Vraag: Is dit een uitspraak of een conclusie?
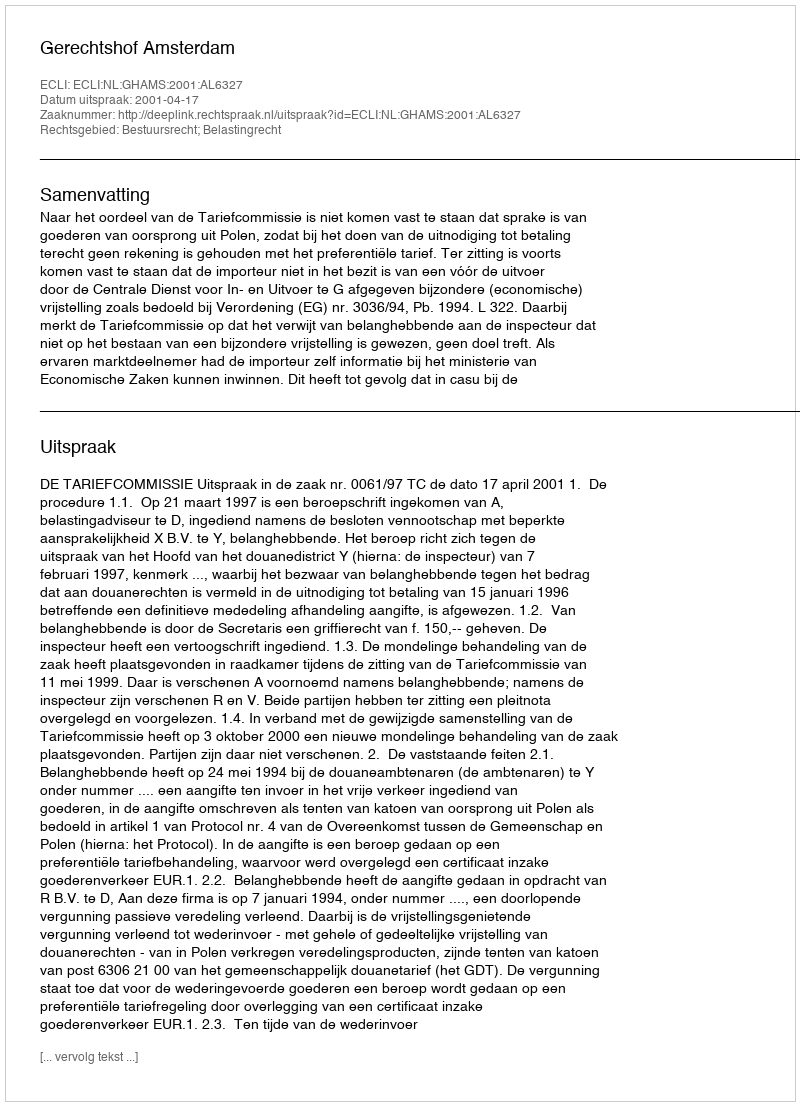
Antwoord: Uitspraak